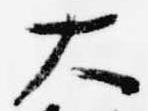
大